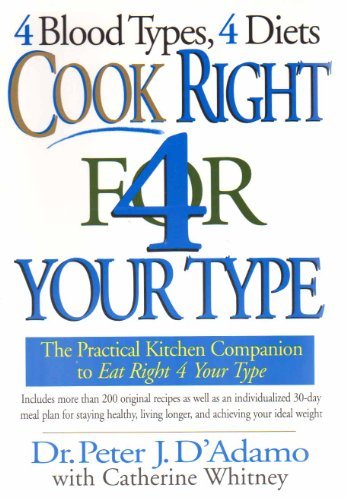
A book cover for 4 Blood Types, 4 Diets Cook Right 4 Your Type; Dr. Peter J. D'Adamo; Health, Fitness & Dieting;